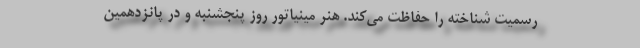
رسمیت شناخته را حفاظت می‌کند. هنر مینیاتور روز پنجشنبه و در پانزدهمین